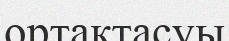
ортақтасуы